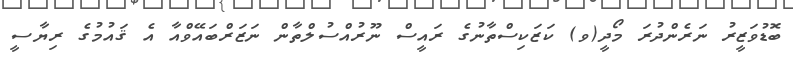
ބޮޑުވަޒީރު ނަރެންދުރަ މޯދީ(ވ) ކަޒަކިސްތާނުގެ ރައީސް ނޫރުއްސުލްތާން ނަޒަރްބައޭވްއާ އެ ޤައުމުގެ ރިޔާސީ